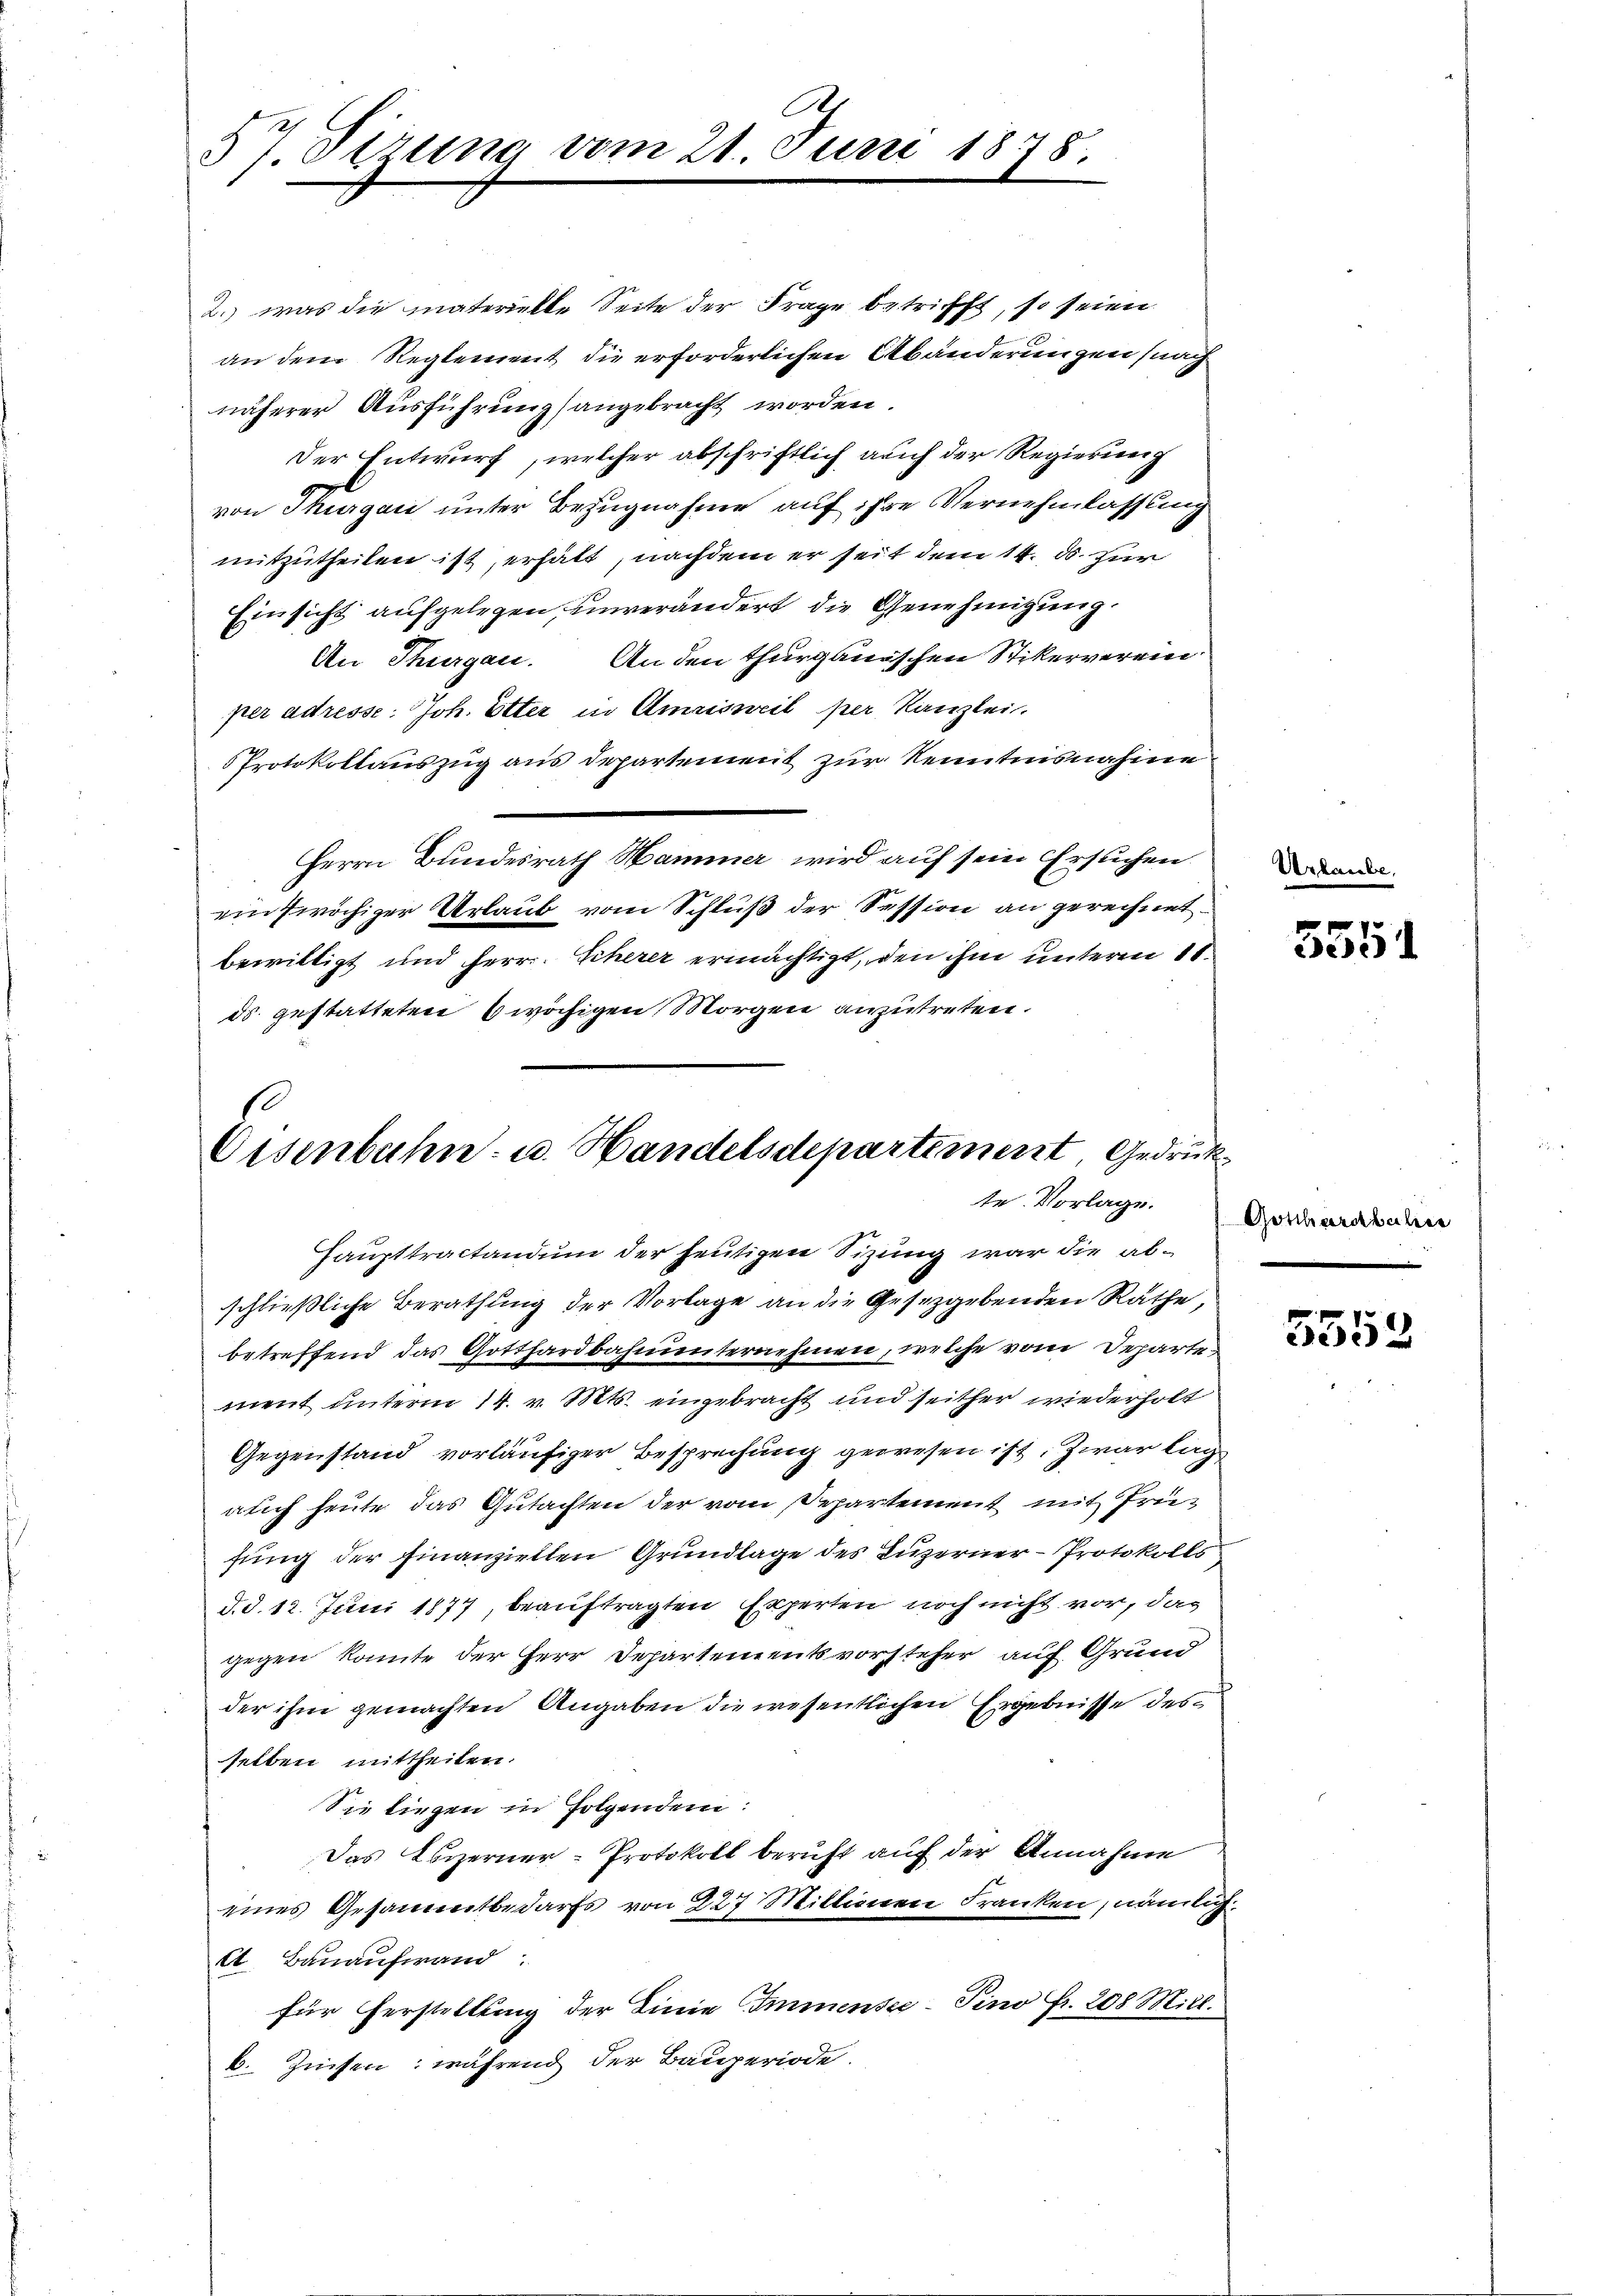
.
57 Sirung vom 21. Juni 1878.

2. was die materielle Seite der Frage betrifft, so seien
an dem Reglement die erforderlichen Abänderungen (nach
näherer Ausführungsangebracht worden.
Der Entwurf, welcher abschriftlich auch der Regierung
von Thurgau unter Bezugnahme auf ihre Vernehmlassung
mitzutheilen ist, erhält, nachdem er seit dem 14. ds. für
Einsicht aufgelegen unverändert die Genehmigung
An Thurgau. An den thurgauischen Stikerverein
per adresse. Joh. Elter in Amrisweil per Kanzlei.
Protokollauszug aus Departement zur Kenntnisnahme
Herrn Bundesrath Hammer wird auf sein Ersuchen
einfwöchiger Urlaub vom Schluß der Session an gerechnet.
bewilligt und Herr. Scherer ermächtigt, den ihm unterm 11.
ds gestatteten 4 wöchigen Morgen anzutreten.
s
Eisenbahn- u. Handelsdepartement, Gedrück¬

te Vorlage.

Haupttractandum der heutigen Sizung war die abschließliche Berathung der Vorlage an die Gesetzgebenden Räthe
betreffend das Gotthardbahnunternehmen, welche vom Departe
ment unterm 14. v. Mts. eingebracht und seither wiederholt
Gegenstand vorläufiger Besprechung gewesen ist. Zwar lag
auch heute das Gutachten der vom Departement mit Früfung der Finanzielten Grundlage des Luzerner-Protokolls
d. d. 12. Juni 1877, beauftragten Experten noch nicht vor, das
gegen könnte der Herr Departementsvorsteher auf Grund
der ihm gemachten Angaben die wesentlichen Ergebnisse des
selben mittheilen.
Sie liegen in Folgendem:
Das Ebizerner-Protokoll beruft auf der Annahme
eines Gesammtbedarfs von 227 Millionen Franken, nämlich
A. Bauaufwand
für Herstellung der Linie Immensee–Pino fr. 208 Mill.
b. Zinsen; während der Bauperiode.

Urla

f
e

Gotthardbacher

5552